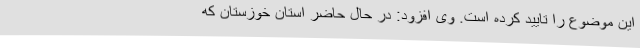
این موضوع را تایید کرده است. وی افزود: در حال حاضر استان خوزستان که